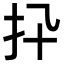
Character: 𢩲